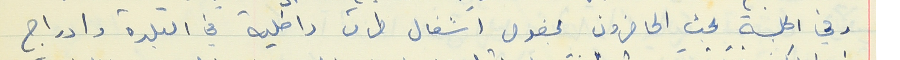
وفي الجلسة بحث الحاضرون بخصوص اشغال طرق داخلية في البلدة وادراج